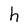
Character: h